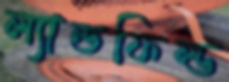
ল্যান্ডফিল্ড